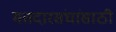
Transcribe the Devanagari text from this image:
मतदारसंघांसाठी